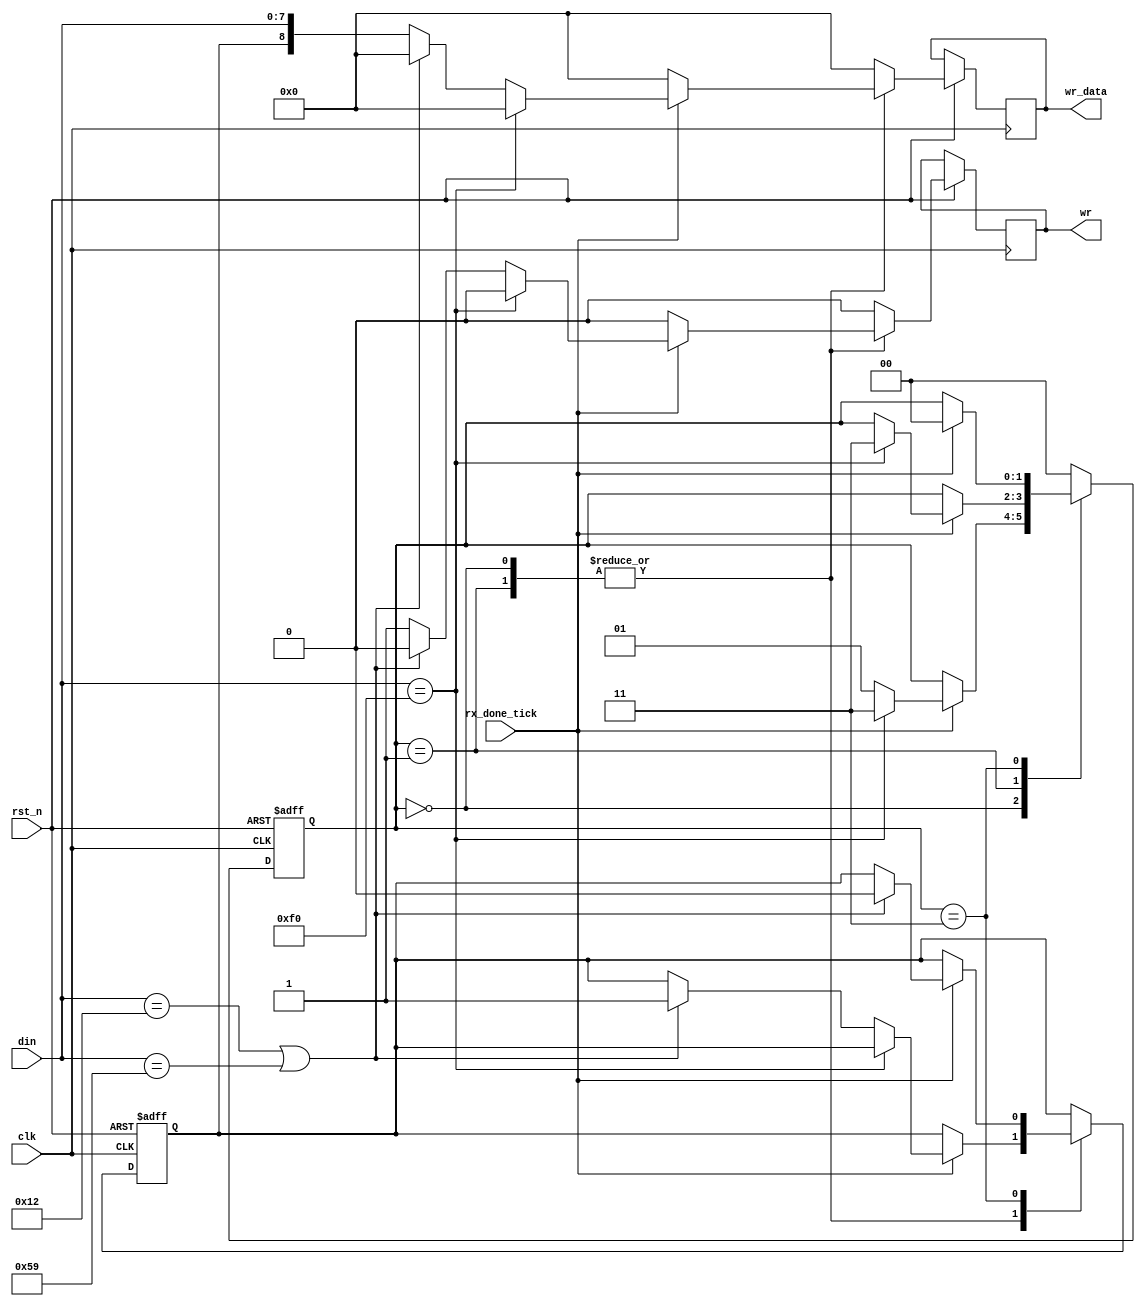
`timescale 1ns / 1ps

module kb_data(
	input clk,rst_n,
	input rx_done_tick,
	input[7:0] din,
	output reg wr,
	output reg[8:0] wr_data //9th bit is asserted if shift is pressed(for capital letters)
    );
	 //FSM state declarations
	 localparam[1:0] idle=2'd0,
							scan=2'd1,
							breakcode=2'd3;
	 reg[1:0] state_reg;
	 reg shift_reg=0;
	 //FSM register operations
	 always @(posedge clk,negedge rst_n) begin
		if(!rst_n) begin
			state_reg<=idle;
			shift_reg<=0;
		end
		
		else begin
		wr=0;
		wr_data=0;
			case(state_reg)
				idle: if(rx_done_tick) begin //wait for the makecode
							if(din==8'hf0) state_reg<=breakcode; //break code
							else begin
								if(din==8'h12 || din==8'h59) begin//shift key 
									shift_reg<=1;
									state_reg<=scan;
								end
								else begin//non-shift key
									wr_data={shift_reg,din};
									wr=1;
									state_reg<=scan;
								end
							end							
						 end
				scan: if(rx_done_tick) begin 
							if(din==8'hf0) state_reg<=breakcode; //break code
							else begin
								if(din==8'h12 || din==8'h59) shift_reg<=1; //shift key
								else begin //non-shift key
									wr_data={shift_reg,din};
									wr=1;
								end
							end
						end
		 breakcode: if(rx_done_tick) begin
							if(din==8'h12 || din==8'h59) shift_reg<=0; //end of shift key
							state_reg<=idle;	//skip the makecode after the breakcode 8'hf0 	
						end
			default: state_reg<=idle;
			endcase
		end
	 end
	 


endmodule